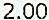
2.00